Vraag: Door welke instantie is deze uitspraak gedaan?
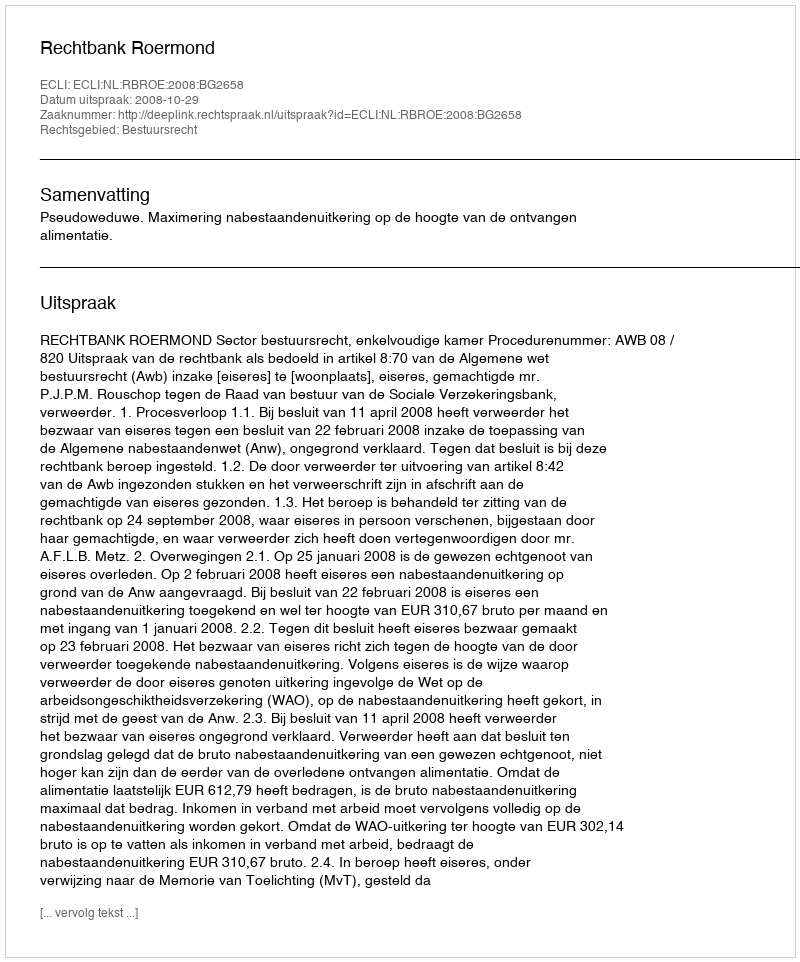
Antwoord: Rechtbank Roermond